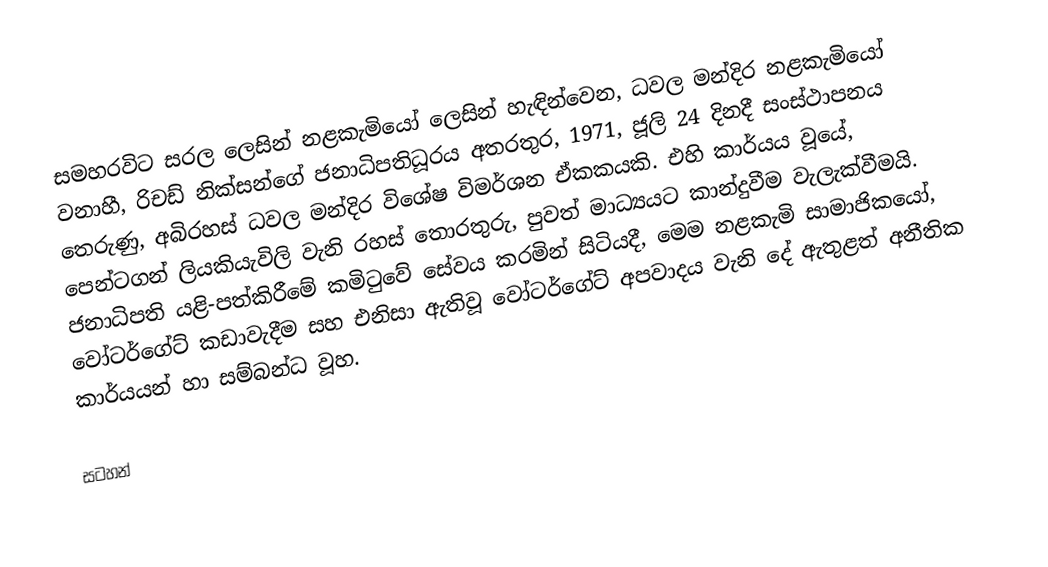
සමහරවිට සරල ලෙසින් නළකැමියෝ ලෙසින් හැඳින්වෙන, ධවල මන්දිර නළකැමියෝ වනාහී, රිචඩ් නික්සන්ගේ ජනාධිපතිධූරය අතරතුර, 1971, ජූලි 24 දිනදී සංස්ථාපනය තෙරුණු, අබිරහස්  ධවල මන්දිර විශේෂ විමර්ශන ඒකකයකි. එහි කාර්යය වූයේ,  පෙන්ටගන් ලියකියැවිලි වැනි රහස් තොරතුරු, පුවත් මාධ්‍යයට කාන්දුවීම වැලැක්වීමයි. ජනාධිපති යළි-පත්කිරීමේ කමිටුවේ සේවය කරමින් සිටියදී, මෙම නළකැමි සාමාජිකයෝ, වෝටර්ගේට්  කඩාවැදීම සහ එනිසා ඇතිවූ වෝටර්ගේට් අපවාදය වැනි දේ ඇතුළත් අනීතික කාර්යයන් හා සම්බන්ධ වූහ.

සටහන්